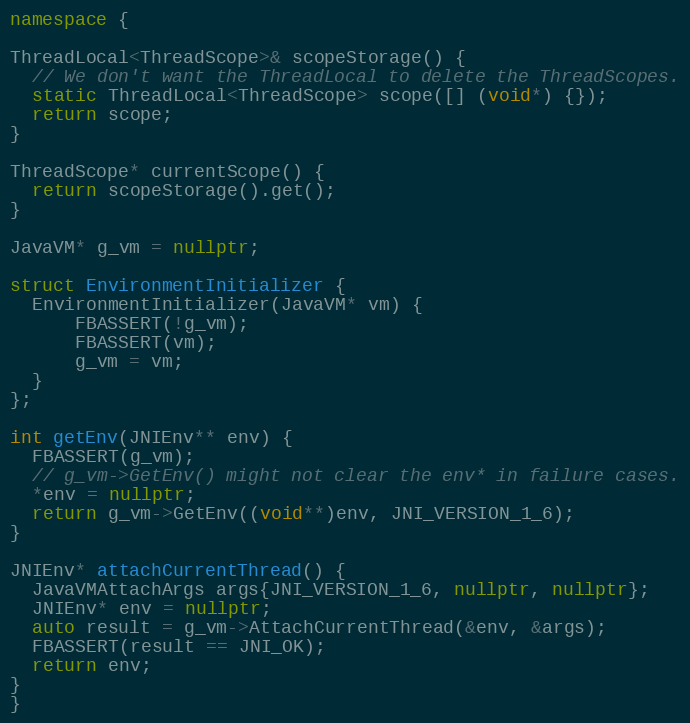
Language: C++
namespace {

ThreadLocal<ThreadScope>& scopeStorage() {
  // We don't want the ThreadLocal to delete the ThreadScopes.
  static ThreadLocal<ThreadScope> scope([] (void*) {});
  return scope;
}

ThreadScope* currentScope() {
  return scopeStorage().get();
}

JavaVM* g_vm = nullptr;

struct EnvironmentInitializer {
  EnvironmentInitializer(JavaVM* vm) {
      FBASSERT(!g_vm);
      FBASSERT(vm);
      g_vm = vm;
  }
};

int getEnv(JNIEnv** env) {
  FBASSERT(g_vm);
  // g_vm->GetEnv() might not clear the env* in failure cases.
  *env = nullptr;
  return g_vm->GetEnv((void**)env, JNI_VERSION_1_6);
}

JNIEnv* attachCurrentThread() {
  JavaVMAttachArgs args{JNI_VERSION_1_6, nullptr, nullptr};
  JNIEnv* env = nullptr;
  auto result = g_vm->AttachCurrentThread(&env, &args);
  FBASSERT(result == JNI_OK);
  return env;
}
}